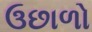
ઉછાળો